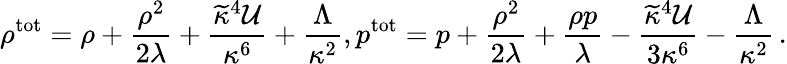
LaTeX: \rho^{\mathrm{tot}}=\rho+{\frac{\rho^{2}}{2\lambda}}+{\frac{\widetilde{\kappa}^{4}{\cal U}}{\kappa^{6}}}+{\frac{\Lambda}{\kappa^{2}}},p^{\mathrm{tot}}=p+{\frac{\rho^{2}}{2\lambda}}+{\frac{\rho p}{\lambda}}-{\frac{\widetilde{\kappa}^{4}{\cal U}}{3\kappa^{6}}}-{\frac{\Lambda}{\kappa^{2}}}\, .